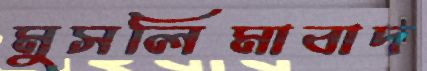
মুসলিমাবাদ